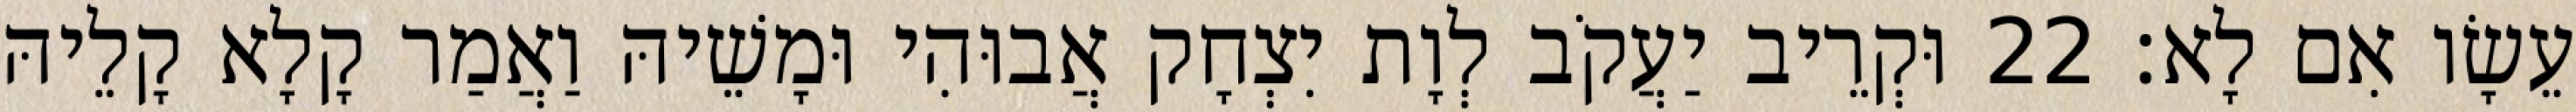
עֵשָׂו אִם לָא׃ 22 וּקְרֵיב יַעֲקֹב לְוָת יִצְחָק אֲבוּהִי וּמָשֵׁיהּ וַאֲמַר קָלָא קָלֵיהּ